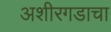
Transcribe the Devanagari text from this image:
अशीरगडाचा